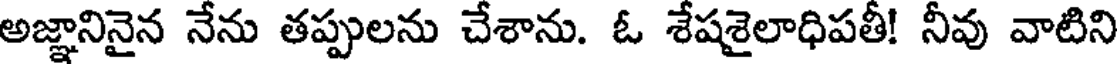
అజ్ఞానినైన నేను తప్పులను చేశాను. ఓ శేషశైలాధిపతీ! నీవు వాటిని